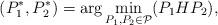
LaTeX: \begin{align*}(P_1^*,P_2^*)=\arg\min_{P_1,P_2\in\mathcal P} (P_1HP_2),\end{align*}